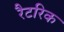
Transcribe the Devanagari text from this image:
रैटरिक